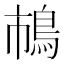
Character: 𲍞